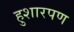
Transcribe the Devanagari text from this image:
हुशारपण